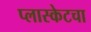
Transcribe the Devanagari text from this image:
प्लास्केटचा